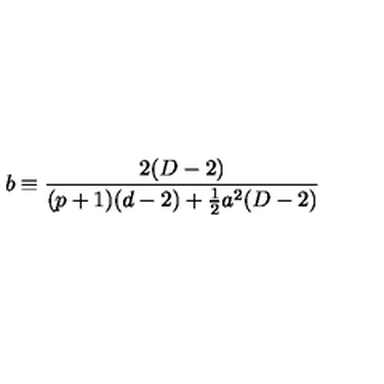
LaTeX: b \equiv \frac { 2 ( D - 2 ) } { ( p + 1 ) ( d - 2 ) + \frac { 1 } { 2 } a ^ { 2 } ( D - 2 ) }